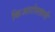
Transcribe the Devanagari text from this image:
किआरोस्तामी